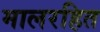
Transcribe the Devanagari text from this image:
मालरहित